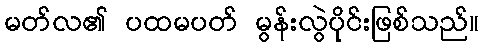
မတ်လ၏ ပထမပတ် မွန်းလွဲပိုင်းဖြစ်သည်။